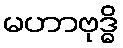
မဟာဗုဒ္ဓိ